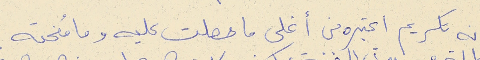
انه تكريم اعتبره من أغلى ما حصلت عليه وما مُنحته